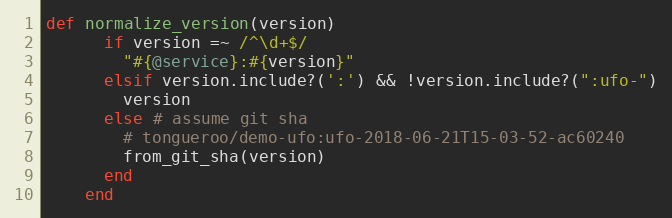
Language: Ruby
def normalize_version(version)
      if version =~ /^\d+$/
        "#{@service}:#{version}"
      elsif version.include?(':') && !version.include?(":ufo-")
        version
      else # assume git sha
        # tongueroo/demo-ufo:ufo-2018-06-21T15-03-52-ac60240
        from_git_sha(version)
      end
    end